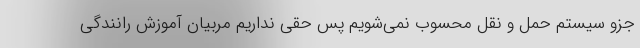
جزو سیستم حمل و نقل محسوب نمی‌شویم پس حقی نداریم مربیان آموزش رانندگی